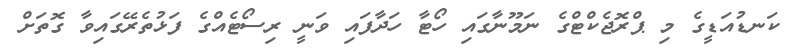
ކަނޑުއަޑީގެ މި ޕްރޮޖެކްޓްގެ ނަމޫނާގައި ހޯޓާ ހަދާފައި ވަނީ ރިސޯޓެއްގެ ފަޅުތެރޭގައިވާ ގޮތަށް